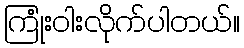
ကြုံးဝါးလိုက်ပါတယ်။